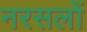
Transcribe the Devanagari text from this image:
नरसलों